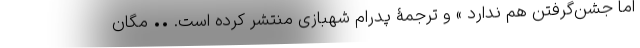
اما جشن‌گرفتن هم ندارد » و ترجمۀ پدرام شهبازی منتشر کرده است. •• مگان